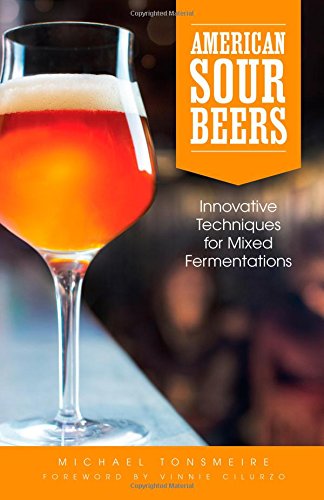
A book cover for American Sour Beers; Michael Tonsmeire; Cookbooks, Food & Wine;